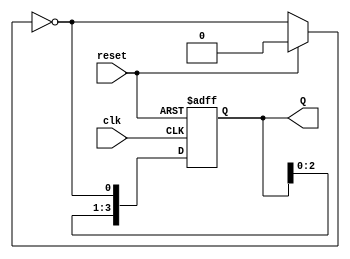
module async_johnson_counter (
    input wire clk,             // Triggering input signal
    input wire reset,           // Asynchronous reset signal
    output reg [3:0] Q          // 4-bit output
);

// State transition logic
always @(*) begin
    if (reset) begin
        Q = 4'b0000;           // Initialize all flip-flops to 0 on reset
    end else begin
        // Asynchronous Johnson Counter logic
        Q[0] = ~Q[3];          // Inverted output of the last flip-flop
        Q[1] = Q[0];           // Shift logic for the remaining flip-flops
        Q[2] = Q[1];
        Q[3] = Q[2];
    end
end

// Flop triggering logic
always @(posedge clk or posedge reset) begin
    if (reset) begin
        Q <= 4'b0000;          // Reset all flip-flops to 0
    end else begin
        // Triggering events to update the state of the flip-flops
        Q[0] <= ~Q[3];         // Feedback connection
        Q[1] <= Q[0];          // Shift logic
        Q[2] <= Q[1];
        Q[3] <= Q[2];
    end
end

endmodule